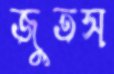
জুতস